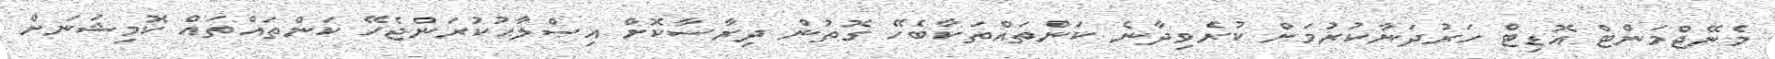
މެނޭޖްމަންޓް އޮޑިޓް ހަރުދަނާކުރުމަށް ކުރެވިދާނެ ކަންތައްތަކާބެހޭ ގޮތުން ދިރާސާކޮށް އިޞްލާޙުކުރަންޖެހޭ ކަންތައްތައް ކޮމިޝަނަށް